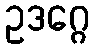
ဥဒဂ္ဂေ